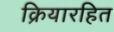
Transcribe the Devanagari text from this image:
क्रियारहित